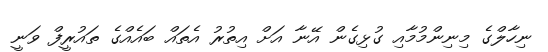
ނިހާލްގެ މިނިންމުމާއި ގުޅިގެން އޭނާ އަށް އިތުރު އެތައް ބައެއްގެ ތައުރީފް ވަނީ